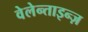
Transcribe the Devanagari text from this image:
वेलेन्ताइन्ज़